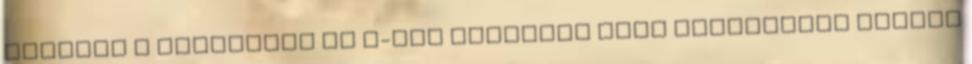
szerint a labdarúgó NB I-ben szereplő DVTK csapatával készül